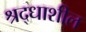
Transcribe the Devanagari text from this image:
श्रद्धाशील